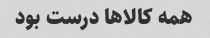
همه کالاها درست بود